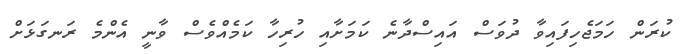
ކުރަން ހަމަޖެހިފައިވާ ދުވަސް އައިސްދާނެ ކަމަށާއި ހުރިހާ ކަމެއްވެސް ވާނީ އެންމެ ރަނގަޅަށް